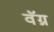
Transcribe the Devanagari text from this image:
वॅग्न